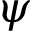
\psi